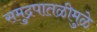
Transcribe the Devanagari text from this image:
समुद्रपातळीमुळे